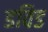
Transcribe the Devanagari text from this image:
डविड